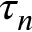
\tau _ { n }